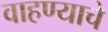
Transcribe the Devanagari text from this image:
वाहण्याचे